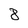
Character: 8